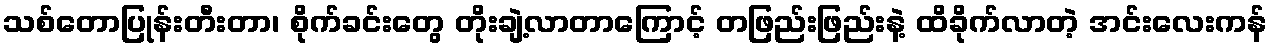
သစ်တောပြုန်းတီးတာ၊ စိုက်ခင်းတွေ တိုးချဲ့လာတာကြောင့် တဖြည်းဖြည်းနဲ့ ထိခိုက်လာတဲ့ အင်းလေးကန်